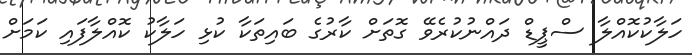
ހަލާކުކޮއްލާ ސްޕީޑް ދައްނުކުރެވޭ ގޮތަށް ކާރުގެ ބައިތަކާ ކުޅި ހަލާކު ކޮއްލާފައި ކަމަށް